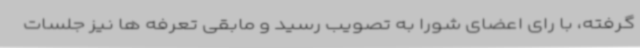
گرفته، با رای اعضای شورا به تصویب رسید و مابقی تعرفه ها نیز جلسات